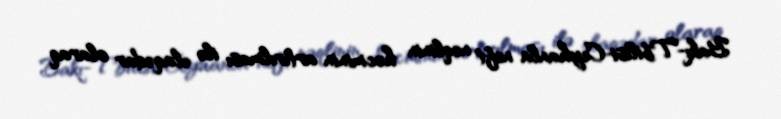
Bakı-Tbilisi-Ceyhanla neft nəqlinin həcminin artırılması ilə əlaqədar olaraq